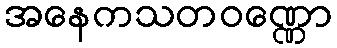
အနေကသတဝဏ္ဏော